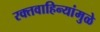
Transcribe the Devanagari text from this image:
रक्तवाहिन्यांमुळे